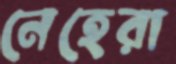
নেহেরা